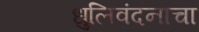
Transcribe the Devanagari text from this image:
धुलिवंदनाचा